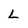
Character: L